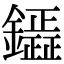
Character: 𮣟